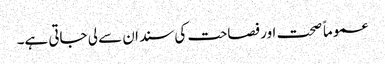
عموماً صحت اور فصاحت کی سند ان سے لی جاتی ہے۔